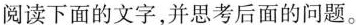
阅读下面的文字,并思考后面的问题。